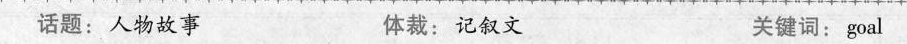
话题:人物话题 体裁：记叙文 关键词：goal